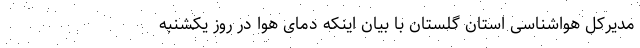
مدیرکل هواشناسی استان گلستان با بیان اینکه دمای هوا در روز یکشنبه